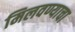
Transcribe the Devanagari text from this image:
मिलवण्याचा